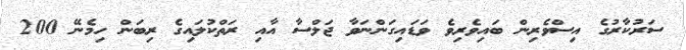
ސަރުކާރުގެ އިސްވެރިން ބައިވެރިވެ ވަޑައިގަންނަވާ ޖަލްސާ އާއި ރަތްކުލައިގެ ރިބަން ހިމެނޭ 200